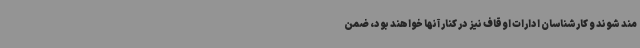
مند شوند و کارشناسان ادارات اوقاف نیز در کنار آنها خواهند بود، ضمن